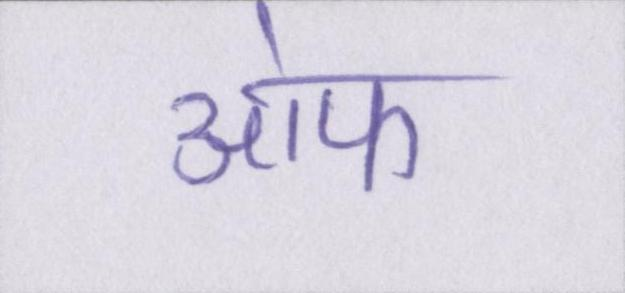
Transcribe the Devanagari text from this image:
आ॓फ